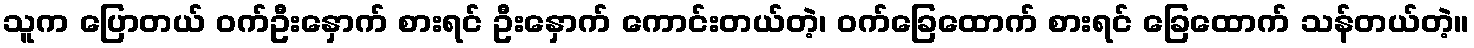
သူက ပြောတယ် ဝက်ဦးနှောက် စားရင် ဦးနှောက် ကောင်းတယ်တဲ့၊ ဝက်ခြေထောက် စားရင် ခြေထောက် သန်တယ်တဲ့။